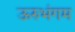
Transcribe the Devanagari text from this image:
ऊरुभंगम